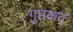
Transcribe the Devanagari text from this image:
गुप्तकट